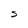
Character: S